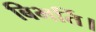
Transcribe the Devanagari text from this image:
बिभर्ति।